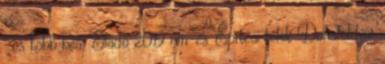
-es több beá. Eladó 2019 nm-es Építési telek Dunaföldvár